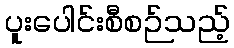
ပူးပေါင်းစီစဉ်သည့်